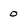
Character: 0